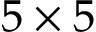
5 \times 5